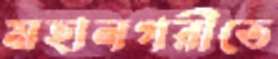
মহানগরীতে